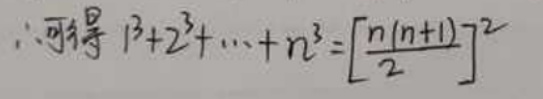
$\therefore $可得$ 1^{3}+2^{3}+\cdots +n^{3}=\left[\frac{n(n + 1)}{2}\right]^{2}$